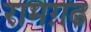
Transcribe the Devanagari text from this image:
रामग़ढ